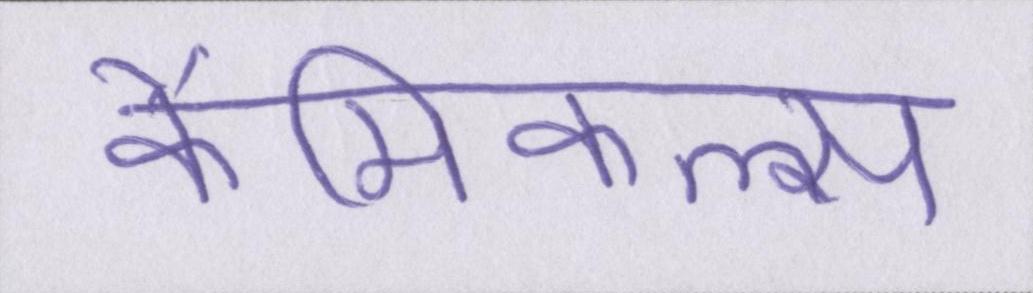
कैमिकल्स